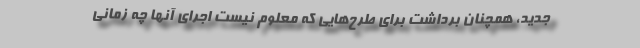
جدید، همچنان برداشت برای طرح‌هایی كه معلوم نیست اجرای آنها چه زمانی